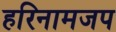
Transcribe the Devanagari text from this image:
हरिनामजप